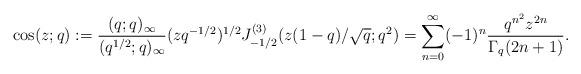
LaTeX: \begin{align*}\cos(z;q)&:=\frac{(q;q)_\infty}{(q^{1/2};q)_\infty} (z q ^{-1/2})^{1/2} J^{(3)}_{-1/2} (z(1-q)/\sqrt{q};q^2) = \sum_{n=0}^{\infty} (-1)^n \frac{q^{n^2} z^{2n}}{\Gamma_q (2n+1)}.\end{align*}